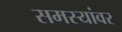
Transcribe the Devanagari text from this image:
समस्‍यांवर